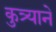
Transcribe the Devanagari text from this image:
कुत्र्याने